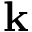
\mathbf { k }